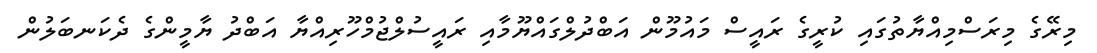
މިރޭގެ މިރަސްމިއްޔާތުގައި ކުރީގެ ރައީސް މައުމޫން އަބްދުލްގައްޔޫމާއި ރައީސުލްޖުމްހޫރިއްޔާ އަބްދު ޔާމީންގެ ދެކަނބަލުން